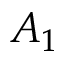
A _ { 1 }